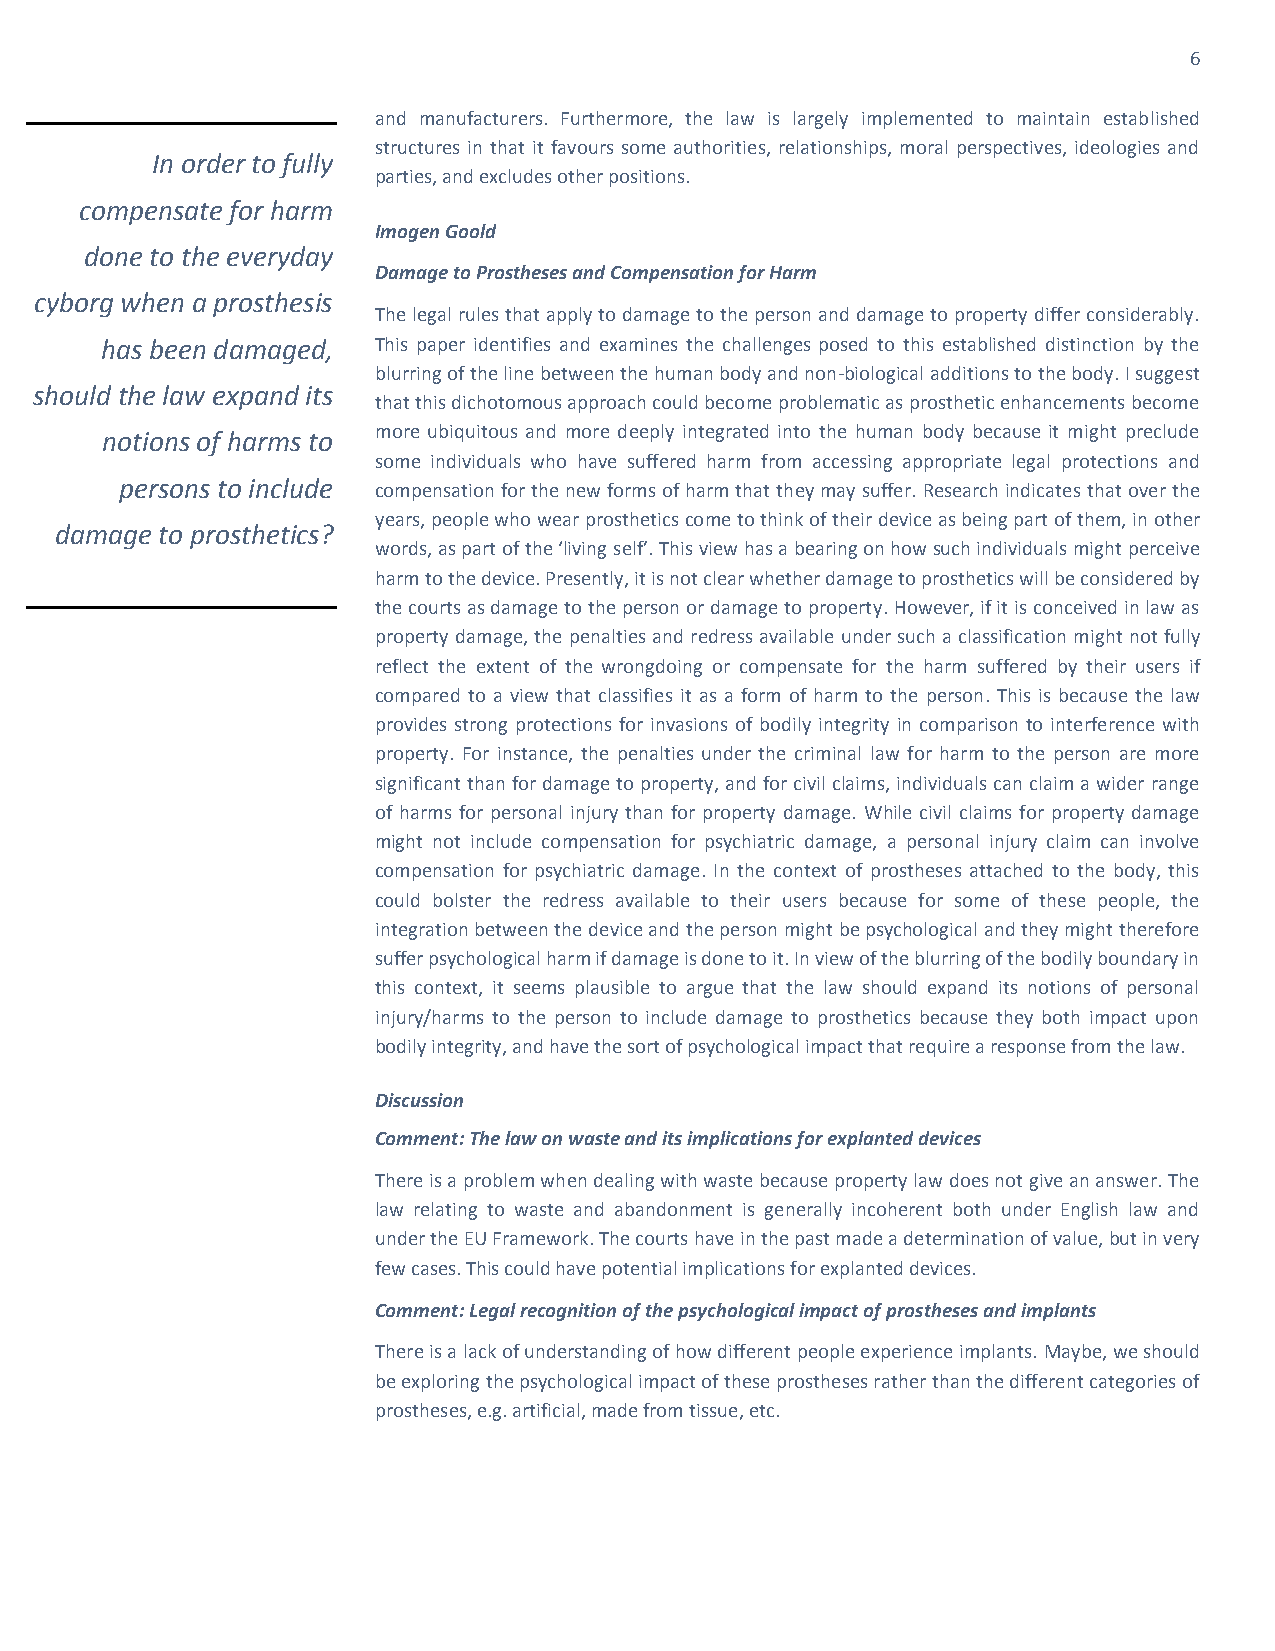
6
 and manufacturers. Furthermore, the law is largely implemented to maintain established
 structures in that it favours some authorities, relationships, moral perspectives, ideologies and
 In order to fully
 parties, and excludes other positions.
 compensate for harm
 Imogen Goold
 done to the everyday
 Damage to Prostheses and Compensation for Harm
 cyborg when a prosthesis
 The legal rules that apply to damage to the person and damage to property differ considerably.
 has been damaged, This paper identifies and examines the challenges posed to this established distinction by the
 blurring of the line between the human body and non-biological additions to the body. I suggest
 should the law expand its
 that this dichotomous approach could become problematic as prosthetic enhancements become
 more ubiquitous and more deeply integrated into the human body because it might preclude
 notions of harms to
 some individuals who have suffered harm from accessing appropriate legal protections and
 persons to include compensation for the new forms of harm that they may suffer. Research indicates that over the
 years, people who wear prosthetics come to think of their device as being part of them, in other
 damage to prosthetics?
 words, as part of the ‘living self’. This view has a bearing on how such individuals might perceive
 harm to the device. Presently, it is not clear whether damage to prosthetics will be considered by
 the courts as damage to the person or damage to property. However, if it is conceived in law as
 property damage, the penalties and redress available under such a classification might not fully
 reflect the extent of the wrongdoing or compensate for the harm suffered by their users if
 compared to a view that classifies it as a form of harm to the person. This is because the law
 provides strong protections for invasions of bodily integrity in comparison to interference with
 property. For instance, the penalties under the criminal law for harm to the person are more
 significant than for damage to property, and for civil claims, individuals can claim a wider range
 of harms for personal injury than for property damage. While civil claims for property damage
 might not include compensation for psychiatric damage, a personal injury claim can involve
 compensation for psychiatric damage. In the context of prostheses attached to the body, this
 could bolster the redress available to their users because for some of these people, the
 integration between the device and the person might be psychological and they might therefore
 suffer psychological harm if damage is done to it. In view of the blurring of the bodily boundary in
 this context, it seems plausible to argue that the law should expand its notions of personal
 injury/harms to the person to include damage to prosthetics because they both impact upon
 bodily integrity, and have the sort of psychological impact that require a response from the law.
 Discussion
 Comment: The law on waste and its implications for explanted devices
 There is a problem when dealing with waste because property law does not give an answer. The
 law relating to waste and abandonment is generally incoherent both under English law and
 under the EU Framework. The courts have in the past made a determination of value, but in very
 few cases. This could have potential implications for explanted devices.
 Comment: Legal recognition of the psychological impact of prostheses and implants
 There is a lack of understanding of how different people experience implants. Maybe, we should
 be exploring the psychological impact of these prostheses rather than the different categories of
 prostheses, e.g. artificial, made from tissue, etc.